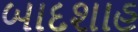
બાદશાહ